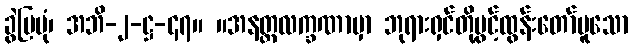
ခွဲပြပုံ၊ အဘိ-၂-ဋ္ဌ-၄၇။ ။အနတ္တလက္ခဏာမှာ ဘုရားရှင်တို့ပွင့်ထွန်းတော်မူသော